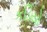
કડિયો